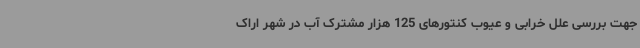
جهت بررسی علل خرابی و عیوب کنتورهای 125 هزار مشترک آب در شهر اراک